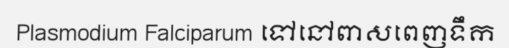
Plasmodium Falciparum ទៅនៅពាសពេញទឹក